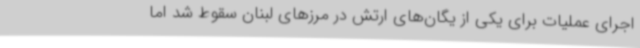
اجرای عملیات برای یکی از یگان‌های ارتش در مرزهای لبنان سقوط شد اما